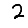
Digit: 2